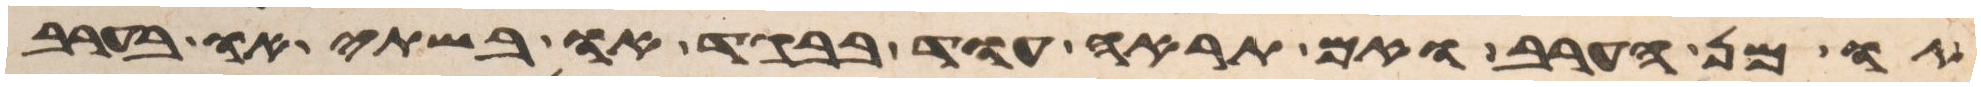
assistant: או מן הערב ואם תראה עוד בבגד או בשתי או בערב